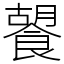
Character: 䭌